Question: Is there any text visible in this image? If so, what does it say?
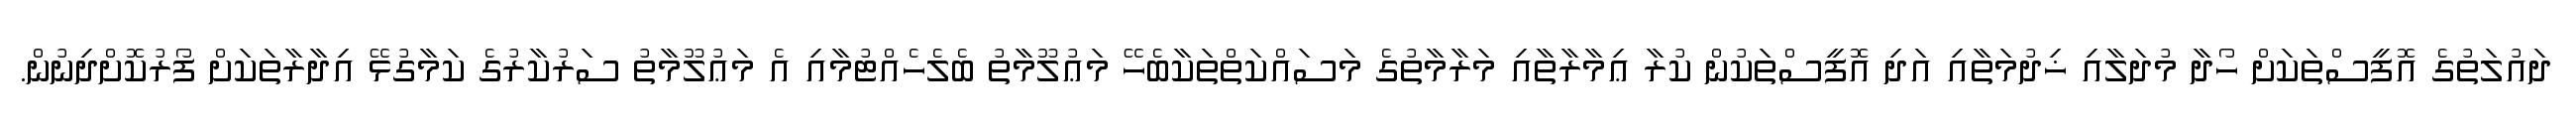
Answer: ދައުލަތުގެ އޮފީސްތަކަށް ހޯދާ މުދަލާއި ޚިދުމަތާއި އަދި އޮފީސްތަކުން ކުރާ ޢިމާރާތާއި މަރާމާތުގެ މަސައްކަތްތަކާބެހޭ މަޢުލޫމާތު ބެލެހެއްޓުމާއި އެ މަޢުލޫމާތު ސަރުކާރުގެ ކަމާގުޅޭ އިދާރާތަކަށް ފޯރުކޮށްދިނުން.